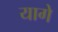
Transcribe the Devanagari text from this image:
यागे